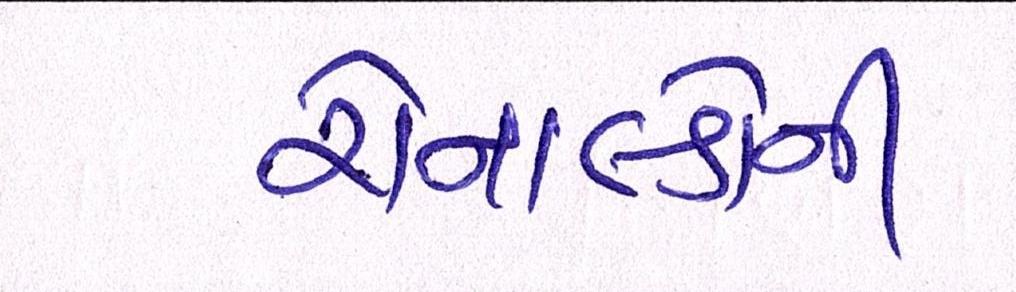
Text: રોનાલ્ડોની